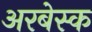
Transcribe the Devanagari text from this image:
अरबेस्क